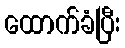
ထောက်ခံပြီး